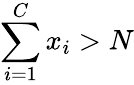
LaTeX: \sum_{i=1}^{C}x_{i}>N